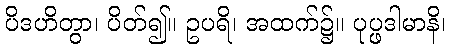
ပိဒဟိတွာ၊ ပိတ်၍။ ဥပရိ၊ အထက်၌။ ပုပ္ဖဒါမာနိ၊